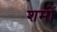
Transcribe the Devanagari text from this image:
शमों